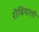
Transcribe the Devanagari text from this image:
रोढियाली